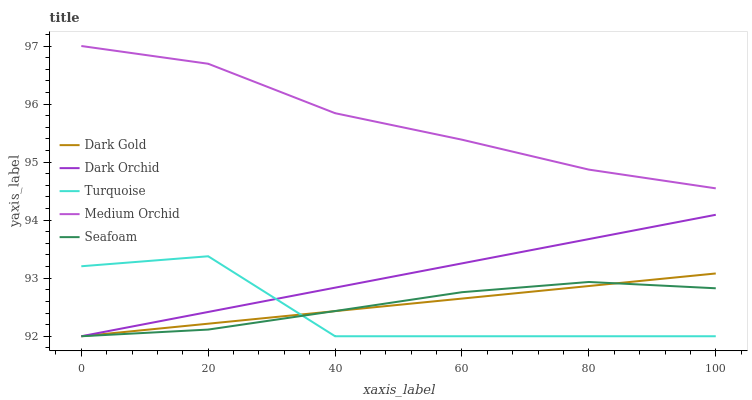
| xaxis_label | Dark Gold | Dark Orchid | Turquoise | Medium Orchid | Seafoam |
 | --- | --- | --- | --- | --- | --- |
 | 0 | 92 | 92 | 93.2 | 97 | 92 |
 | 20 | 92.2 | 92.4 | 93.4 | 96.7 | 92.1 |
 | 40 | 92.4 | 92.8 | 92 | 95.8 | 92.4 |
 | 60 | 92.6 | 93.3 | 92 | 95.4 | 92.8 |
 | 80 | 92.9 | 93.7 | 92 | 94.9 | 92.9 |
 | 100 | 93.1 | 94.1 | 92 | 94.5 | 92.8 |